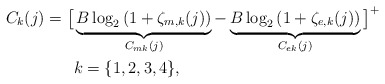
\begin{align*}C_{k}(j)=\big[&\underbrace{B\log_{2}\left(1+\zeta_{m,k}(j)\right)}_{C_{mk}(j)}-\underbrace{B\log_{2}\left(1+\zeta_{e,k}(j)\right)}_{C_{ek}(j)}\big]^+\\&k=\{1,2,3,4\}, \end{align*}